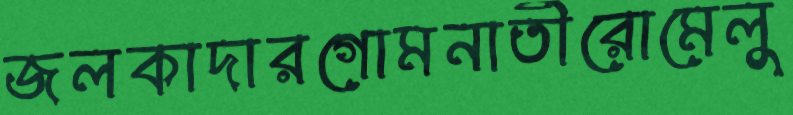
জলকাদারগোমনাতীরোমেলু